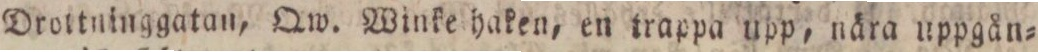
Drottninggatan, Qw. Winke haken, en trappa upp, nära uppgån=